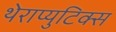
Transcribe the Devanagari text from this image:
थेराप्युटिक्स